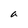
Character: a